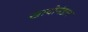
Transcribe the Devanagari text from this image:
खादीमंडल